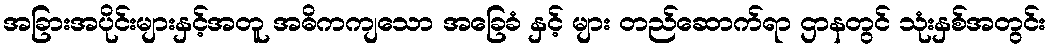
အခြားအပိုင်းများနှင့်အတူ အဓိကကျသော အခြေခံ နှင့် များ တည်ဆောက်ရာ ဌာနတွင် သုံးနှစ်အတွင်း